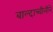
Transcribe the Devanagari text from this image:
बाल्दाच्चीनीने